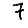
Digit: 7